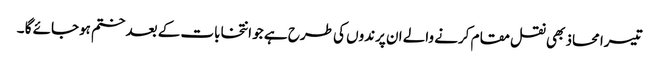
تیسرا محاذ بھی نقل مقام کرنے والے ان پرندوں کی طرح ہے جو انتخابات کے بعد ختم ہوجائے گا ۔